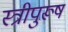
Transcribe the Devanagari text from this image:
स्त्रीपुरूष